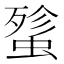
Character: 𰳋